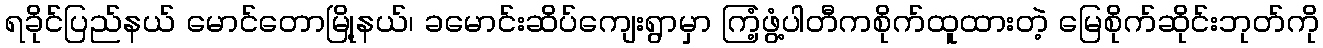
ရခိုင်ပြည်နယ် မောင်တောမြို့နယ်၊ ခမောင်းဆိပ်ကျေးရွာမှာ ကြံ့ဖွံ့ပါတီကစိုက်ထူထားတဲ့ မြေစိုက်ဆိုင်းဘုတ်ကို